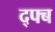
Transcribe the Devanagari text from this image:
द्फ्ब